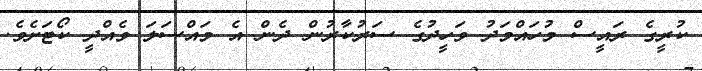
ކުރީގެ ރައީސް މުހައްމަދު ވަހީދުގެ ސަރުކާރުން ދެން އެ މައްސަލަ ވެއްދީ ކޯޓަށެވެ.